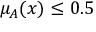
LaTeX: \mu _ { A } ( x ) \leq 0 . 5